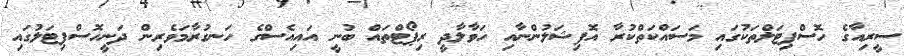
ސީރިއާގެ ހޮސްޕިޓަލްތަކުގައި މަސައްކަތްކުރާ އޮފިޝަލުންނާއި ހަވާލާދީ ރިޕޯޓްތައް ބުނީ އައިއެސްގެ ހަނގުރާމަވެރިން ދަނީހޮސްޕިޓަލުގައި